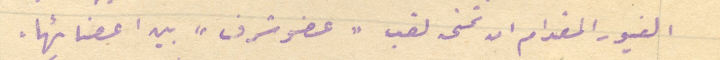
الغيور المقدام ان تمنى لقب "عضو شرف" بين اعضائها.